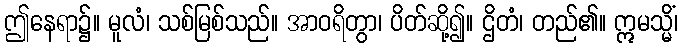
ဤနေရာ၌။ မူလံ၊ သစ်မြစ်သည်။ အာဝရိတွာ၊ ပိတ်ဆို့၍။ ဌိတံ၊ တည်၏။ ဣမသ္မိံ၊